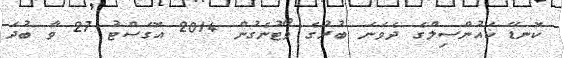
ކޮނޑޭ ކައުންސިލްގެ ދެވަނަ ބުރުގެ ވޯޓުނެގުން 2014 އޮގަސްޓު 27 ވާ ބުދަ